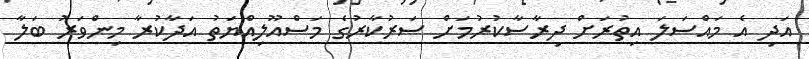
އަދި އެ މައްސަލަ އިތުރަށް ދިރާސާކުރުމަށް ސަރުކާރުގެ މަސްއޫލިއްޔަތު އަދާކުރާ މިންވަރު ބަލާ